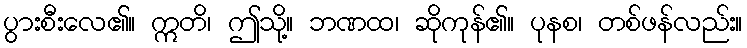
ပွားစီးလေ၏။ ဣတိ၊ ဤသို့။ ဘဏထ၊ ဆိုကုန်၏။ ပုနစ၊ တစ်ဖန်လည်း။